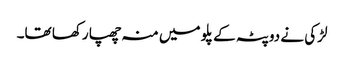
لڑکی نے دوپٹہ کے پلو میں منہ چھپا رکھا تھا۔